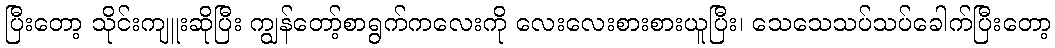
ပြီးတော့ သိုင်းကျူးဆိုပြီး ကျွန်တော့်စာရွက်ကလေးကို လေးလေးစားစားယူပြီး၊ သေသေသပ်သပ်ခေါက်ပြီးတော့